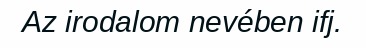
Az irodalom nevében ifj.